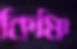
কিঞ্চি